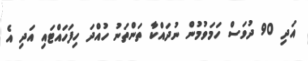
އަދި 90 ދުވަސް ހަމަވުމުން ނުދައްކާ ތަންތަނު ހުއްދަ ހިފަހައްޓައި އަދި އެ